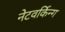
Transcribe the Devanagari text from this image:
नेटवर्किन्ग